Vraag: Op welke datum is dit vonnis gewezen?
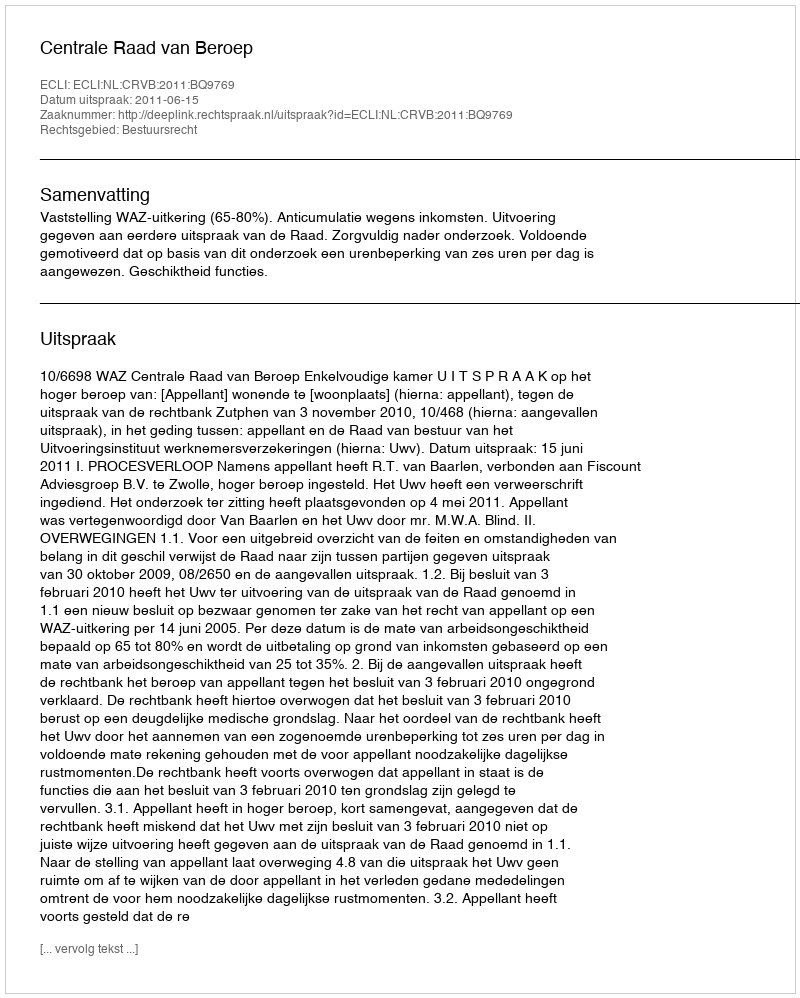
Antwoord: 2011-06-15